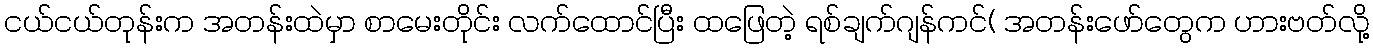
ငယ်ငယ်တုန်းက အတန်းထဲမှာ စာမေးတိုင်း လက်ထောင်ပြီး ထဖြေတဲ့ ရစ်ချက်ဂျန်ကင်( အတန်းဖော်တွေက ဟားဗတ်လို့